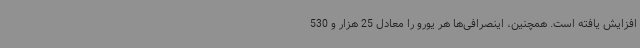
افزایش یافته است. همچنین، اینصرافی‌ها هر یورو را معادل 25 هزار و 530